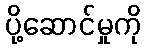
ပို့ဆောင်မှုကို